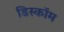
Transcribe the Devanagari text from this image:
डिस्कॉम